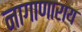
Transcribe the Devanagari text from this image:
नागाणाराय